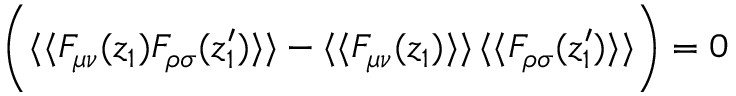
\bigg ( \langle \langle F _ { \mu \nu } ( z _ { 1 } ) F _ { \rho \sigma } ( z _ { 1 } ^ { \prime } ) \rangle \rangle - \langle \langle F _ { \mu \nu } ( z _ { 1 } ) \rangle \rangle \, \langle \langle F _ { \rho \sigma } ( z _ { 1 } ^ { \prime } ) \rangle \rangle \bigg ) = 0